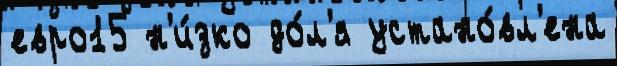
евро15 н'и́зко до́л'я устано́вл'ена